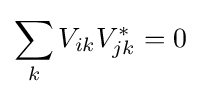
\sum _{k}V_{ik}V_{jk}^{*}=0~